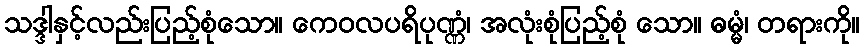
သဒ္ဒါနှင့်လည်းပြည့်စုံသော။ ကေဝလပရိပုဏ္ဏံ၊ အလုံးစုံပြည့်စုံ သော။ ဓမ္မံ၊ တရားကို။